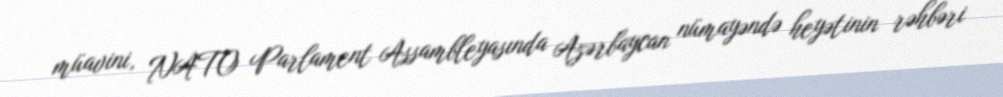
müavini, NATO Parlament Assambleyasında Azərbaycan nümayəndə heyətinin rəhbəri